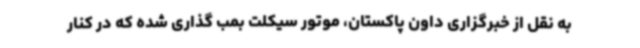
به نقل از خبرگزاری داون پاکستان، موتور سیکلت بمب گذاری شده که در کنار